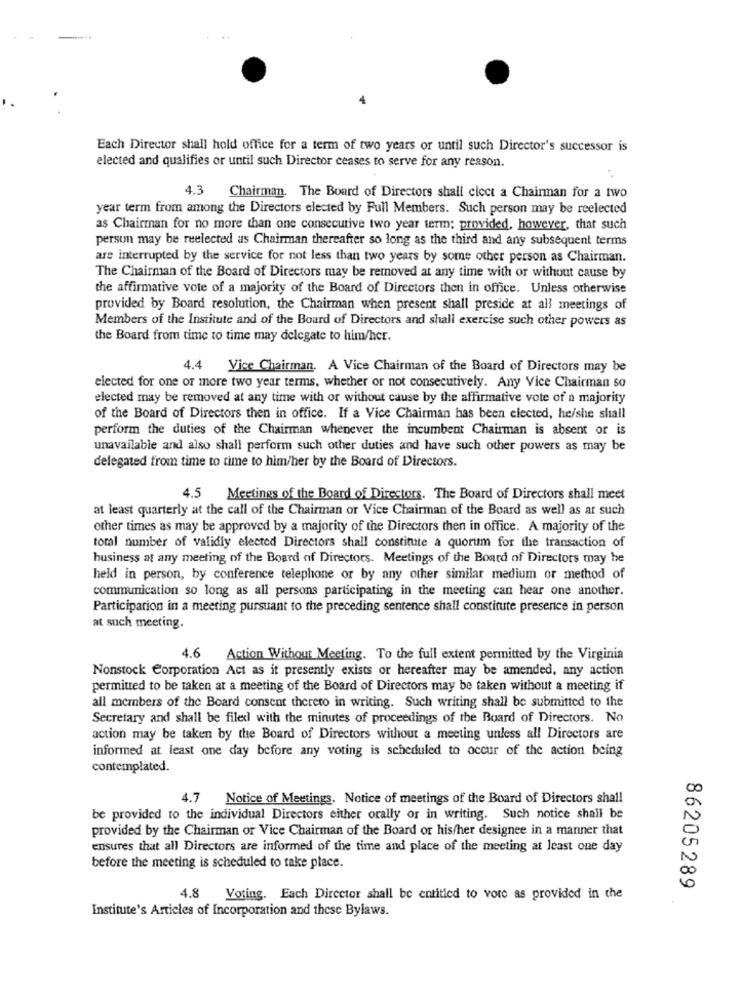
Each Director shall hold office for a term of two years or until such Director's successor is
elected and qualifies or until such Director ceases to serve for any reason.
4.3
Chairman. The Board of Directors shall elect a Chairman for a two
year term from among the Directors elected by Full Members. Such person may be reelected
as Chairman for no more than one consecutive two year term; provided, however, that such
person may be reelected as Chairman thereafter so long as the third and any subsequent terms
are interrupted by the service for not less than two years by some other person as Chairman.
The Chairman of the Board of Directors may be removed at any time with or without cause by
the affirmative vote of a majority of the Board of Directors then in office. Unless otherwise
provided by Board resolution, the Chairman when present shall preside at all meetings of
Members of the Institute and of the Board of Directors and shall exercise such other powers as
the Board from time to time may delegate to him/her.
4.4
Vice Chairman. A Vice Chairman of the Board of Directors may be
elected for one or more two year terms, whether or not consecutively. Any Vice Chairman so
elected may be removed at any time with or without cause by the affirmative vote of a majority
of the Board of Directors then in office. If a Vice Chairman has been elected, he/she shall
perform the duties of the Chairman whenever the incumbent Chairman is absent or is
unavailable and also shall perform such other duties and have such other powers as may be
delegated from time to time to him/her by the Board of Directors.
4.5
Meetings of the Board of Directors. The Board of Directors shall meet
at least quarterly at the call of the Chairman or Vice Chairman of the Board as well as ar such
other times as may be approved by a majority of the Directors then in office. A majority of the
total number of validly elected Directors shall constitute a quorum for the transaction of
business at any meeting of the Board of Directors. Meetings of the Board of Directors may be
held in person, by conference telephone or by any other similar medium or method of
communication so long as all persons participating in the meeting can hear one another.
Participation in a meeting pursuant to the preceding sentence shall constitute presence in person
at such meeting.
4.6
Action Without Meeting. To the full extent permitted by the Virginia
Nonstock Corporation Act as it presently exists or hereafter may be amended, any action
permitted to be taken at a meeting of the Board of Directors may be taken without a meeting if
all members of the Board consent thereto in writing. Such writing shall be submitted to the
Secretary and shall be filed with the minutes of proceedings of the Board of Directors. No
action may be taken by the Board of Directors without a meeting unless all Directors are
informed at least one day before any voting is scheduled to occur of the action being
contemplated.
4.7 Notice of Meetings. Notice of meetings of the Board of Directors shall
be provided to the individual Directors either orally or in writing. Such notice shall be
provided by the Chairman or Vice Chairman of the Board or his/her designee in a manner that
ensures that all Directors are informed of the time and place of the meeting at least one day
before the meeting is scheduled to take place.
86205289
4.8 Voting. Each Director shall be entitled to vote as provided in the
Institute's Articles of Incorporation and these Bylaws.